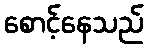
စောင့်နေသည်